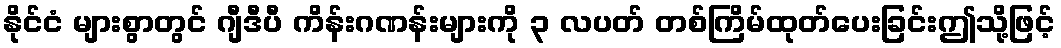
နိုင်ငံ များစွာတွင် ဂျီဒီပီ ကိန်းဂဏန်းများကို ၃ လပတ် တစ်ကြိမ်ထုတ်ပေးခြင်းဤသို့ဖြင့်